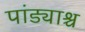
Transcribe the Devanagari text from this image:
पांड्याश्च